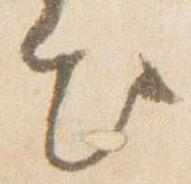
出